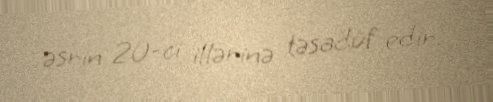
əsrin 20-ci illərinə təsadüf edir.